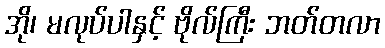
အို၊ မလုပ်ပါနှင့် ဗိုလ်ကြီး ဘတ်တလာ